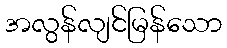
အလွန်လျင်မြန်သော